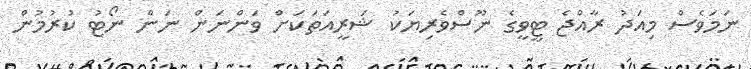
ނަމަވެސް މިއަދު ރާއްޖެ ޓީވީގެ ނޫސްވެރިޔަކު ޝަރީއަތަކަށް ވަންނަން ނަން ނޯޓު ކުރުމުން